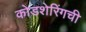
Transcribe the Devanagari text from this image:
कोडशेरिंगची